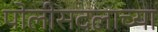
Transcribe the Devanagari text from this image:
पोलीसदलाच्या